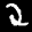
Label: 2